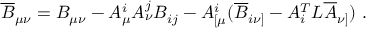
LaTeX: \overline { { { B } } } _ { \mu \nu } = B _ { \mu \nu } - A _ { \mu } ^ { i } A _ { \nu } ^ { j } B _ { i j } - A _ { [ \mu } ^ { i } ( \overline { { { B } } } _ { i \nu ] } - A _ { i } ^ { T } L \overline { { { A } } } _ { \nu ] } ) \ .